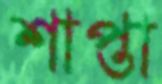
শাপ্তা